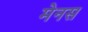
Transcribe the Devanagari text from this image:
मेनस